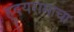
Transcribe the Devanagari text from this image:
ह्रुदयरामाचा